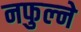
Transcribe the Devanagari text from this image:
नफुल्ने